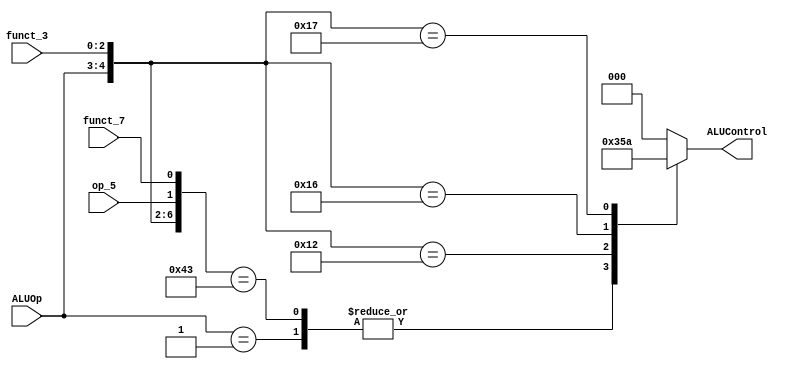
module ALU_Decoder(
    input wire funct_7,
    input wire op_5,
    input wire [2:0] funct_3,
    input wire [1:0] ALUOp,
    output reg [2:0] ALUControl
);

wire [6:0] decoder_in = {ALUOp, funct_3,op_5,funct_7};
always @(*) begin
 casex (decoder_in)
7'b00xxxxx :
                 ALUControl = 000;
7'b01xxxxx :    
                ALUControl = 001; 
7'b100000x :    
                ALUControl = 000; 
7'b1000010 :    
                ALUControl = 000; 
7'b1000011 :    
                ALUControl = 001; 
7'b10010xx :    
                ALUControl = 101; 
7'b10110xx :    
                ALUControl = 011; //or
7'b10111xx :    
                ALUControl = 010;
default : ALUControl = 000;
endcase

 
end

endmodule